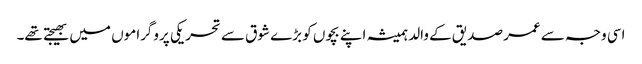
اسی وجہ سے عمر صدیق کے والد ہمیشہ اپنے بچوں کو بڑے شوق سے تحریکی پروگراموں میں بھیجتے تھے۔